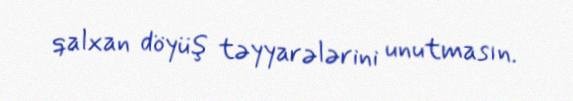
qalxan döyüş təyyarələrini unutmasın.